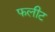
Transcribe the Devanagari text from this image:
फलीट